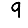
Digit: 9